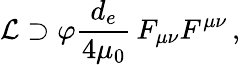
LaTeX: \mathcal{L}\supset\varphi\frac{d_{e}}{4\mu_{0}}\, F_{\mu\nu}F^{\mu\nu}\, \textrm{,}